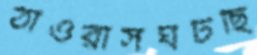
ঠাওরাসঘটছি